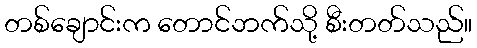
တစ်ချောင်းက တောင်ဘက်သို့ စီးတတ်သည်။